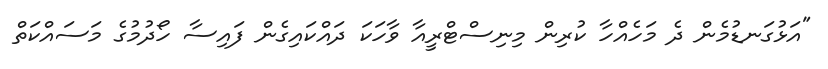
"އަޅުގަނޑުމެން ދެ މަހެއްހާ ކުރިން މިނިސްޓްރީއާ ވާހަކަ ދައްކައިގެން ފައިސާ ހޯދުމުގެ މަސައްކަތް